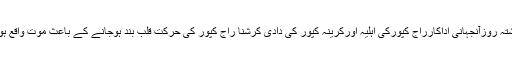
گزشتہ روزآنجہانی اداکارراج کپورکی اہلیہ اورکرینہ کپور کی دادی کرشنا راج کپور کی حرکت قلب بند ہوجانے کے باعث موت واقع ہوئی۔